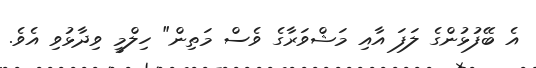
އެ ބޭފުޅުންގެ ލަފަ އާއި މަޝްވަރާގެ ވެސް މަތިން" ހިލްމީ ވިދާޅުވި އެވެ.